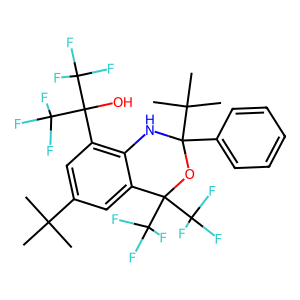
SMILES: CC(C)(C)c1cc(C(O)(C(F)(F)F)C(F)(F)F)c2c(c1)C(C(F)(F)F)(C(F)(F)F)OC(c1ccccc1)(C(C)(C)C)N2
Inhibits HIV replication: No